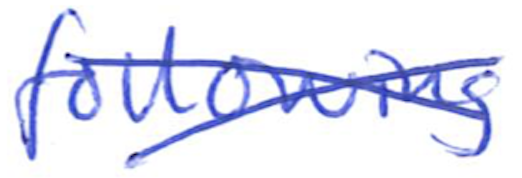
Text: following
Cross-out: cross
Writing tool: ballpoint